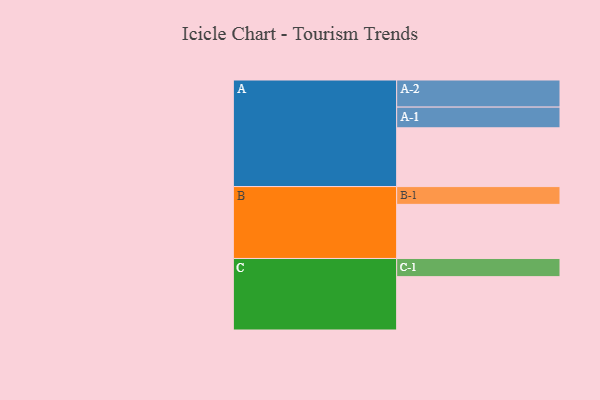
{"axis": {"x": "Segment", "y": "Value"}, "legend": ["", "A", "B", "C"], "data": [{"x": "A", "y": 466, "type": ""}, {"x": "B", "y": 429, "type": ""}, {"x": "C", "y": 423, "type": ""}, {"x": "A-1", "y": 164, "type": "A"}, {"x": "A-2", "y": 215, "type": "A"}, {"x": "B-1", "y": 141, "type": "B"}, {"x": "C-1", "y": 144, "type": "C"}]}